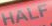
HALE